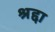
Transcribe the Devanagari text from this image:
श्रद्दा